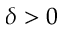
\delta > 0